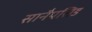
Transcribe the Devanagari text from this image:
सानैपसिड